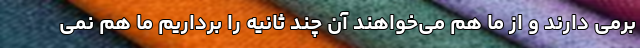
برمی دارند و از ما هم می‌خواهند آن چند ثانیه را برداریم ما هم نمی